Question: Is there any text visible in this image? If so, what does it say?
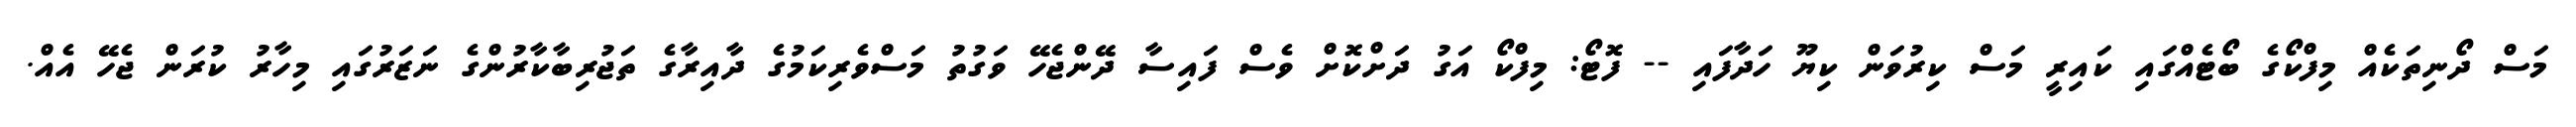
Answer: މަސް ދޯނިތަކެއް މިފްކޯގެ ބޯޓެއްގައި ކައިރީ މަސް ކިރުވަން ކިޔޫ ހަދާފައި -- ފޮޓޯ: މިފްކޯ އަގު ދަށްކޮށް ވެސް ފައިސާ ދޭންޖެހޭ ވަގުތު މަސްވެރިކަމުގެ ދާއިރާގެ ތަޖުރިބާކާރުންގެ ނަޒަރުގައި މިހާރު ކުރަން ޖެހޭ އެއް.